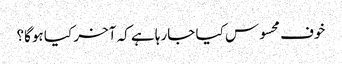
خوف محسوس کیا جارہا ہے کہ آخر کیا ہوگا؟